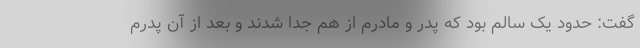
گفت: حدود یک سالم بود که پدر و مادرم از هم جدا شدند و بعد از آن پدرم